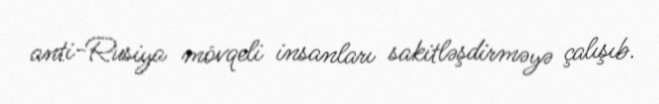
anti-Rusiya mövqeli insanları sakitləşdirməyə çalışıb.